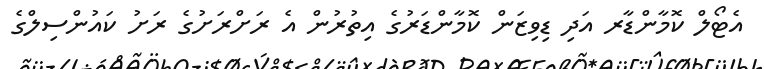
އެޓޯލް ކޮމާންޑާރ އަދި ޑިވިޒަން ކޮމާންޑަރުގެ އިތުރުން އެ ރަށްރަށުގެ ރަށު ކައުންސިލްގެ